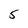
Character: 5